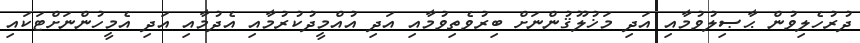
ދުރުހެލިވުން ޙާޞިލުވުމާއި އަދި މަޚުލޫޤުންނަށް ބިރުވެތިވުމާއި އަދި އުއްމީދުކުރުމާއި އެދުމާއި އަދި އެމީހުންނަށްޓަކައި